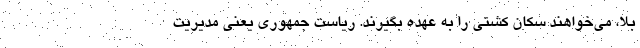
بلا، می‌خواهند سکان کشتی را به عهده بگیرند. ریاست جمهوری یعنی مدیریت